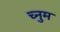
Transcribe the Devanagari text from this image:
च्नुम